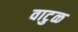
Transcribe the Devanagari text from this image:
वाटुळ